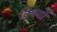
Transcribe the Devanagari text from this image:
विषयाें